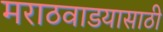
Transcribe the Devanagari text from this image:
मराठवाडयासाठी